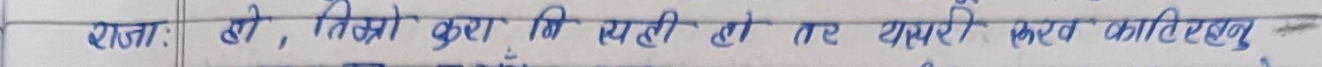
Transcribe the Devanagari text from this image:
राजा: हे, मित्रो कुरा कि यही हो तर यसपछी फलस्वरूप काटिएका अन्य